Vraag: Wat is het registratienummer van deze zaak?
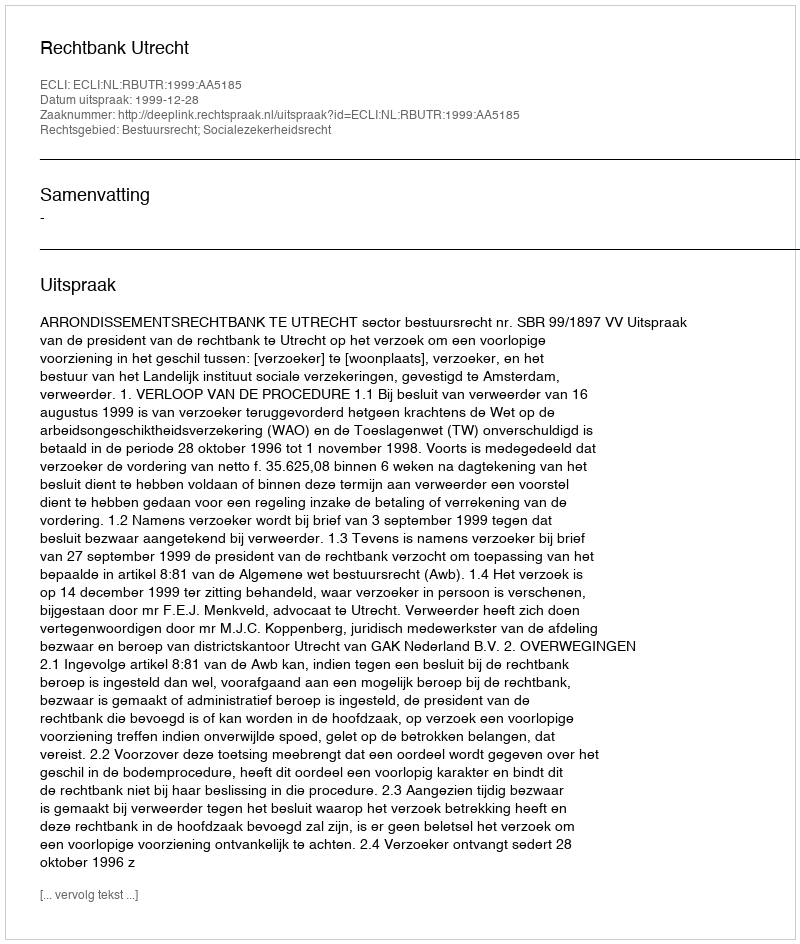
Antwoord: http://deeplink.rechtspraak.nl/uitspraak?id=ECLI:NL:RBUTR:1999:AA5185